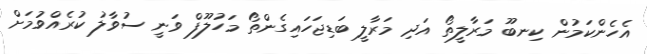
އެހެންކަމުން ކިނބޫ މަރާލީތޯ އަދި މަރާލީ ބަޑިޖަހައިގެންތޯ މަހުލޫފް ވަނީ ސުވާލު ކުރެއްވުމަށް